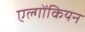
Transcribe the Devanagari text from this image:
एल्गोंकियन